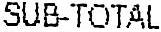
SUB-TOTAL